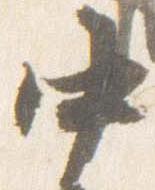
中